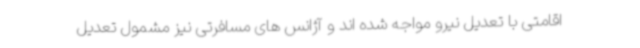
اقامتی با تعدیل نیرو مواجه شده اند و آژانس های مسافرتی نیز مشمول تعدیل